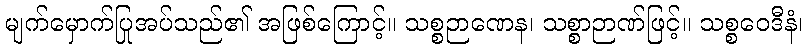
မျက်မှောက်ပြုအပ်သည်၏ အဖြစ်ကြောင့်။ သစ္စဉာဏေန၊ သစ္စာဉာဏ်ဖြင့်။ သစ္စဝေဒီနံ၊